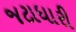
જટાધારી